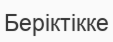
Беріктікке